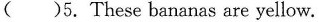
( )5. These bananas are yellow.